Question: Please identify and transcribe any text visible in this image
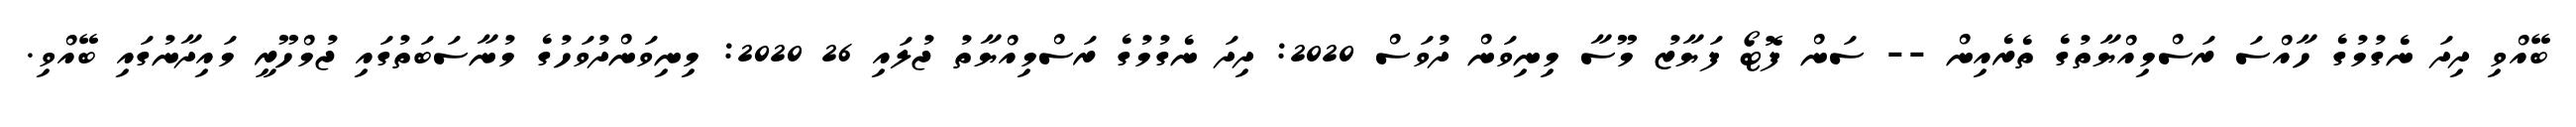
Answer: ބޭއްވި ދިދަ ނެގުމުގެ ހާއްސަ ރަސްމިއްޔާތުގެ ތެރެއިން -- ސަން ފޮޓޯ ފަޔާޒު މޫސާ މިނިވަން ދުވަސް 2020: ދިދަ ނެގުމުގެ ރަސްމިއްޔާތު ޖުލައި 26 2020: މިނިވަންދުވަހުގެ މުނާސަބަތުގައި ޖުމްހޫރީ މައިދާނުގައި ބޭއްވި.